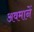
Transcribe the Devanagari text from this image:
अवमानें